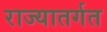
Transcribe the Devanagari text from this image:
राज्यातर्गत